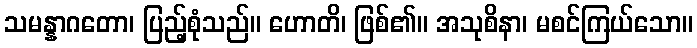
သမန္နာဂတော၊ ပြည့်စုံသည်။ ဟောတိ၊ ဖြစ်၏။ အသုစိနာ၊ မစင်ကြယ်သော။